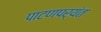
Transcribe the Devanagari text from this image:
पाटणपर्यंत